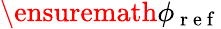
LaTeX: \ensuremath{\mathbf{\phi}}_{\mathrm{~r~e~f~}}